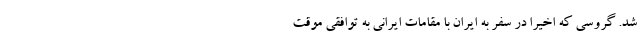
شد. گروسی که اخیرا در سفر به ایران با مقامات ایرانی به توافقی موقت